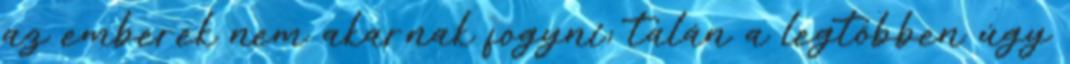
az emberek nem akarnak fogyni; talán a legtöbben úgy